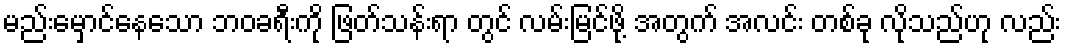
မည်းမှောင်နေသော ဘဝခရီးကို ဖြတ်သန်းရာ တွင် လမ်းမြင်ဖို့ အတွက် အလင်း တစ်ခု လိုသည်ဟု လည်း